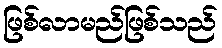
ဖြစ်လာမည်ဖြစ်သည်